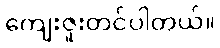
ကျေးဇူးတင်ပါတယ်။